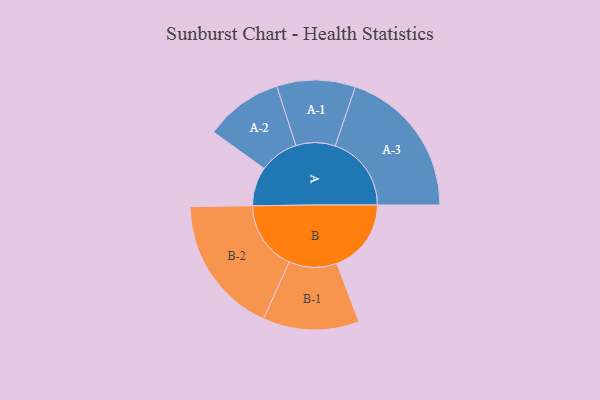
{"axis": {"x": "Segment", "y": "Value"}, "legend": ["", "A", "B"], "data": [{"x": "A", "y": 147, "type": ""}, {"x": "B", "y": 280, "type": ""}, {"x": "A-1", "y": 148, "type": "A"}, {"x": "A-2", "y": 147, "type": "A"}, {"x": "A-3", "y": 287, "type": "A"}, {"x": "B-1", "y": 181, "type": "B"}, {"x": "B-2", "y": 262, "type": "B"}]}